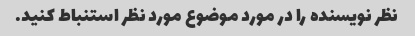
نظر نویسنده را در مورد موضوع مورد نظر استنباط کنید.